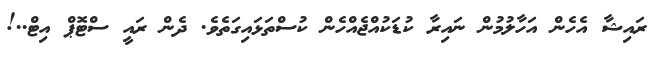
ރައިޝާ އެހެން އަހާލުމުން ނައިރާ ކުޑަކުއްޖެއްހެން ކުސްތަޅައިގަތެވެ. ދެން ރައީ ސްޓޮޕް އިޓް..!